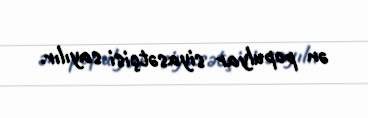
ən populyar siyasətçisi sayılır.